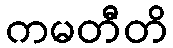
ကမတီတိ